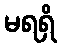
မရရှိ